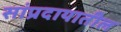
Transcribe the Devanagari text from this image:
सांप्रदायातील